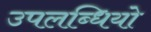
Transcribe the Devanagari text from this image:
उपलब्धियो